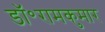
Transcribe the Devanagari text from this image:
डॉ॰रामकुमार